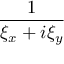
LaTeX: \frac { 1 } { \xi _ { x } + i \xi _ { y } }